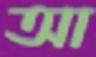
আ